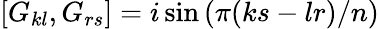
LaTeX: \left[G_{kl},G_{rs}\right]=i\sin\left(\pi(ks-lr)/n\right)